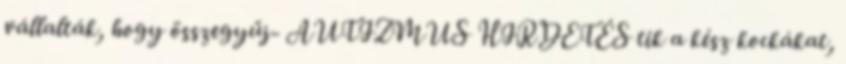
vállalták, hogy összegyűj- AUTIZMUS HIRDETÉS tik a kész kockákat,